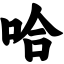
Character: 哈